Indian journal of veterinary science and animal husbandry - Volume 1,
Year: 1931
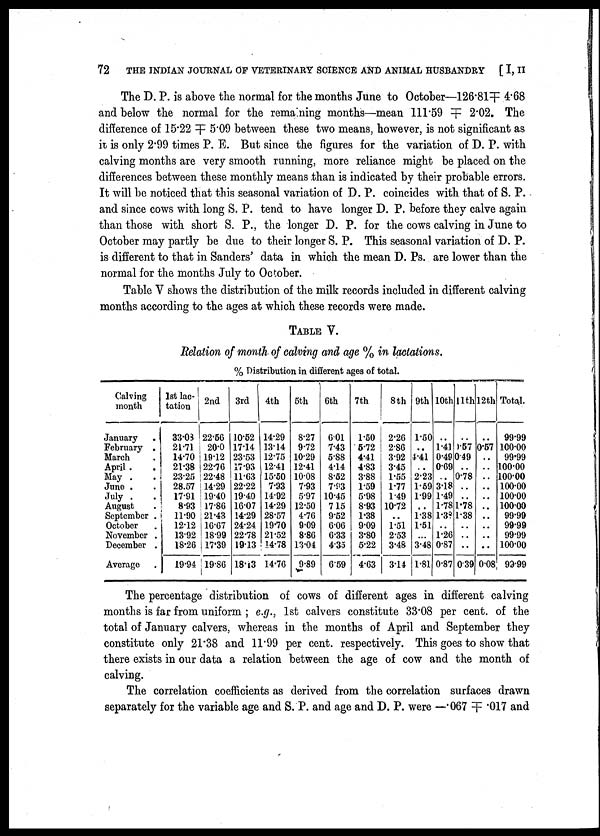
72
THE INDIAN JOURNAL OF VETERINARY SCIENCE AND ANIMAL HUSBANDRY
[ I, II
The D. P. is above the normal for the months June to October—126.81╤ 4.68
and below the normal for the remaining months—mean 111.59 ╤ 2.02. The
difference of 15.22 ╤ 5.09 between these two means, however, is not significant as
it is only 2.99 times P. E. But since the figures for the variation of D. P. with
calving months are very smooth running, more reliance might be placed on the
differences between these monthly means than is indicated by their probable errors.
It will be noticed that this seasonal variation of D. P. coincides with that of S. P.
and since cows with long S. P. tend to have longer D. P. before they calve again
than those with short S. P., the longer D. P. for the cows calving in June to
October may partly be due to their longer S. P. This seasonal variation of D. P.
is different to that in Sanders' data in which the mean D. Ps. are lower than the
normal for the months July to October.
Table V shows the distribution of the milk records included in different calving
months according to the ages at which these records were made.
TABLE V.
Relation of month of calving and age % in lactations.
% Distribution in different ages of total.
Calving
month
January
February
March
April
May
June
July
August
September
October
November
December
Average
1st lac
tation
33.08
21.71
14.70
21.38
23.25
28.57
17.91
8.93
11.90
12.12
13.92
18.26
19.94
2nd
22.56
20.0
19.12
22.76
22.48
14.29
19.40
17.86
21.43
16.67
18.99
17.39
19.86
3rd
10.52
17.14
23.53
17.93
11.63
22.22
19.40
16.07
14.29
24.24
22.78
19.13
18.13
4th
14.29
13.14
12.75
12.41
15.50
7.93
14.92
14.29
28.57
19.70
21.52
14.78
14.76
5th
8.27
9.72
10.29
12.41
10.08
7.93
5.97
12.50
4.76
9.09
8.86
13.04
9.89
6th
6.01
7.43
5.88
4.14
8.52
7.93
10.45
7.15
9.52
6.06
6.33
4.35
6.59
7th
1.50
5.72
4.41
4.83
3.88
1.59
5.98
8.93
1.38
9.09
3.80
5.22
4.63
8th
2.26
2.86
3.92
3.45
1.55
1.77
1.49
10.72
..
1.51
2.53
3.48
3.14
9th
1.50
..
4.41
..
2.23
1.59
1.99
..
1.38
1.51
..
3.48
1.81
10th
..
1.41
0.49
0.69
..
3.18
1.49
1.78
1.38
..
1.26
0.87
0.87
11th
..
0.57
0.49
..
0.78
..
..
1.78
1.38
..
..
..
0.39
12th
..
0.57
..
..
..
..
..
..
..
..
..
..
0.08
Total
99.99
100.00
99.99
100.00
100.00
100.00
100.00
100.00
99.99
99.99
99.99
100.00
99.99
The percentage distribution of cows of different ages in different calving
months is far from uniform ; e.g., 1st calvers constitute 33.08 per cent. of the
total of January calvers, whereas in the months of April and September they
constitute only 21.38 and 11.99 per cent. respectively. This goes to show that
there exists in our data a relation between the age of cow and the month of
calving.
The correlation coefficients as derived from the correlation surfaces drawn
separately for the variable age and S. P. and age and D. P. were —.067 ╤ .017 and